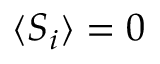
\langle S _ { i } \rangle = 0